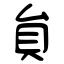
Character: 貟